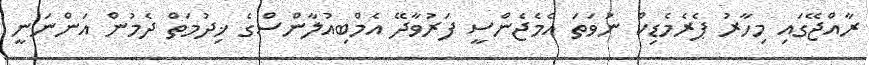
ރާއްޖޭގައި މިހާރު ޕެރެމެޑިކް ނުވަތަ އެމެޖެންސީ ފަރުވާދޭ އެމްބިއުލާންސްގެ ޚިދުމަތް ދެމުން އަންނަނީ